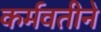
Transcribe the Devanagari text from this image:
कर्मवतीने